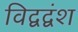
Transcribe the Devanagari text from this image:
विद्वद्वंश